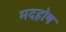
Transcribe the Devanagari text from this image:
मदहोष